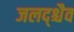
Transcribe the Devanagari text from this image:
जलद्श्चैव